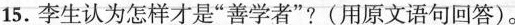
15.李生认为怎样才是“善学者”？（用原文语句回答）